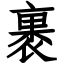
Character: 裹